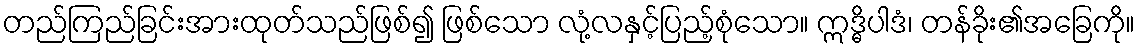
တည်ကြည်ခြင်းအားထုတ်သည်ဖြစ်၍ ဖြစ်သော လုံ့လနှင့်ပြည့်စုံသော။ ဣဒ္ဓိပါဒံ၊ တန်ခိုး၏အခြေကို။